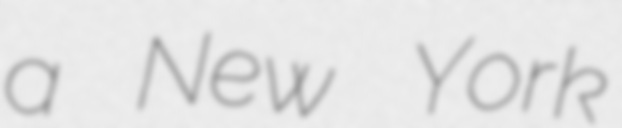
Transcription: a New York